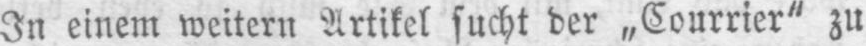
In einem weitern Artikel sucht der „Courrier“ zu